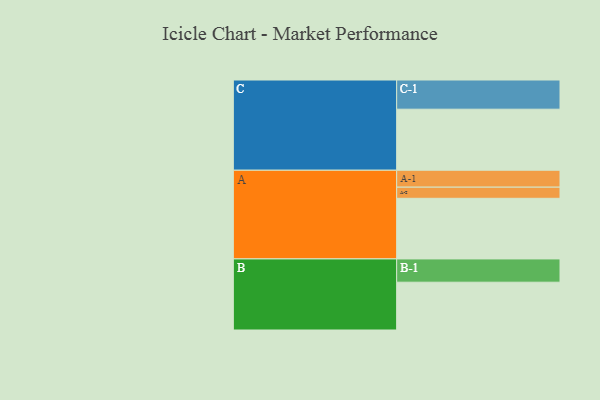
{"axis": {"x": "Segment", "y": "Value"}, "legend": ["", "A", "B", "C"], "data": [{"x": "A", "y": 430, "type": ""}, {"x": "B", "y": 339, "type": ""}, {"x": "C", "y": 433, "type": ""}, {"x": "A-1", "y": 120, "type": "A"}, {"x": "A-2", "y": 79, "type": "A"}, {"x": "B-1", "y": 165, "type": "B"}, {"x": "C-1", "y": 207, "type": "C"}]}